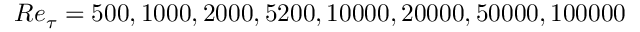
R e _ { \tau } = 5 0 0 , 1 0 0 0 , 2 0 0 0 , 5 2 0 0 , 1 0 0 0 0 , 2 0 0 0 0 , 5 0 0 0 0 , 1 0 0 0 0 0